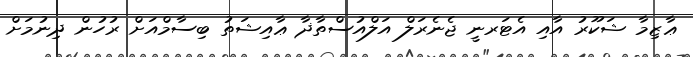
ޢާޒިމާ ޝަކޫރު އާއި އެޓަރނީ ޖެނެރަލް އަލްއުސްތާޛާ ޢާއިޝަތު ބިސާމްއަށް ރުހުން ދިނުމަށް